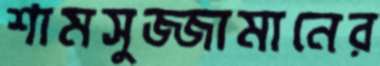
শামসুজ্জামানের